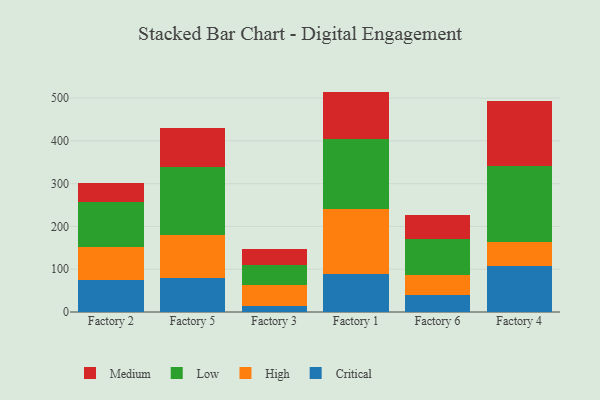
{"axis": {"x": "Factory", "y": "Waste Production (Tons)"}, "legend": ["Critical", "High", "Low", "Medium"], "data": [{"x": "Factory 2", "y": 75.9, "type": "Critical"}, {"x": "Factory 2", "y": 76.4, "type": "High"}, {"x": "Factory 2", "y": 103.8, "type": "Low"}, {"x": "Factory 2", "y": 46.4, "type": "Medium"}, {"x": "Factory 5", "y": 79.1, "type": "Critical"}, {"x": "Factory 5", "y": 100.5, "type": "High"}, {"x": "Factory 5", "y": 158.9, "type": "Low"}, {"x": "Factory 5", "y": 91.9, "type": "Medium"}, {"x": "Factory 3", "y": 15.2, "type": "Critical"}, {"x": "Factory 3", "y": 49.0, "type": "High"}, {"x": "Factory 3", "y": 46.1, "type": "Low"}, {"x": "Factory 3", "y": 36.1, "type": "Medium"}, {"x": "Factory 1", "y": 88.3, "type": "Critical"}, {"x": "Factory 1", "y": 153.5, "type": "High"}, {"x": "Factory 1", "y": 163.1, "type": "Low"}, {"x": "Factory 1", "y": 110.3, "type": "Medium"}, {"x": "Factory 6", "y": 38.6, "type": "Critical"}, {"x": "Factory 6", "y": 48.9, "type": "High"}, {"x": "Factory 6", "y": 82.0, "type": "Low"}, {"x": "Factory 6", "y": 57.1, "type": "Medium"}, {"x": "Factory 4", "y": 107.4, "type": "Critical"}, {"x": "Factory 4", "y": 55.8, "type": "High"}, {"x": "Factory 4", "y": 178.9, "type": "Low"}, {"x": "Factory 4", "y": 151.7, "type": "Medium"}]}